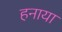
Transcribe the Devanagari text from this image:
हनाया